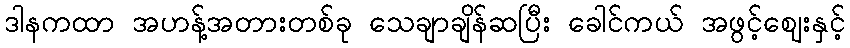
ဒါနကထာ အဟန့်အတားတစ်ခု သေချာချိန်ဆပြီး ခေါင်ကယ် အဖွင့်ဈေးနှင့်